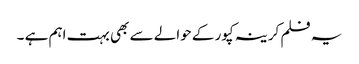
یہ فلم کرینہ کپور کے حوالے سے بھی بہت اہم ہے ۔